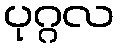
ပုဂ္ဂလ